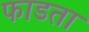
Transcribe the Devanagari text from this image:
फाडता